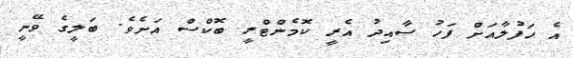
އެ ހަފުލާއަށް ފަހު ސާއިދު އެރީ ކޮމެންޓްރީ ބޮކްސް އަށެވެ. ބަލީގެ ވޭނީ